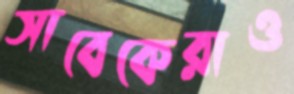
সাবেকেরাও